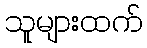
သူများထက်